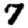
Digit: 7